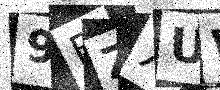
Text: 9BZXUW